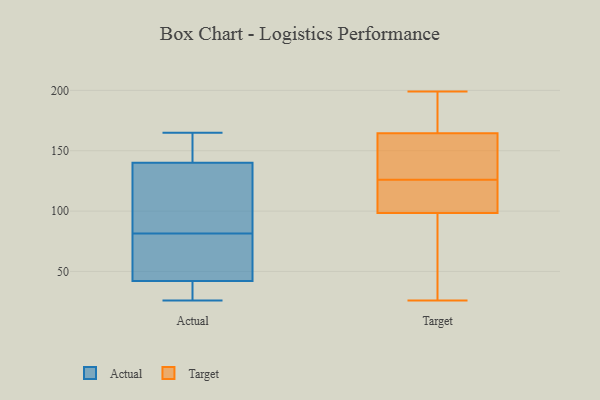
{"axis": {"x": "Customer Acquisition Cost (USD)", "y": "Value"}, "legend": ["Actual", "Target"], "data": [{"x": "", "y": 153, "type": "Actual"}, {"x": "", "y": 26, "type": "Actual"}, {"x": "", "y": 87, "type": "Actual"}, {"x": "", "y": 97, "type": "Actual"}, {"x": "", "y": 140, "type": "Actual"}, {"x": "", "y": 38, "type": "Actual"}, {"x": "", "y": 165, "type": "Actual"}, {"x": "", "y": 42, "type": "Actual"}, {"x": "", "y": 59, "type": "Actual"}, {"x": "", "y": 76, "type": "Actual"}, {"x": "", "y": 151, "type": "Target"}, {"x": "", "y": 178, "type": "Target"}, {"x": "", "y": 140, "type": "Target"}, {"x": "", "y": 97, "type": "Target"}, {"x": "", "y": 109, "type": "Target"}, {"x": "", "y": 49, "type": "Target"}, {"x": "", "y": 38, "type": "Target"}, {"x": "", "y": 128, "type": "Target"}, {"x": "", "y": 124, "type": "Target"}, {"x": "", "y": 186, "type": "Target"}, {"x": "", "y": 116, "type": "Target"}, {"x": "", "y": 182, "type": "Target"}, {"x": "", "y": 199, "type": "Target"}, {"x": "", "y": 26, "type": "Target"}, {"x": "", "y": 149, "type": "Target"}, {"x": "", "y": 100, "type": "Target"}]}